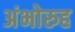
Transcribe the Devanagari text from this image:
अंभोरुह